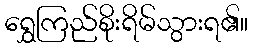
ရွှေကြည်စိုးရိမ်သွားရ၏။